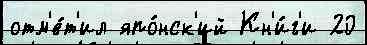
отм'е́т'ил япо́нск'ий Кн'и́г'и 20